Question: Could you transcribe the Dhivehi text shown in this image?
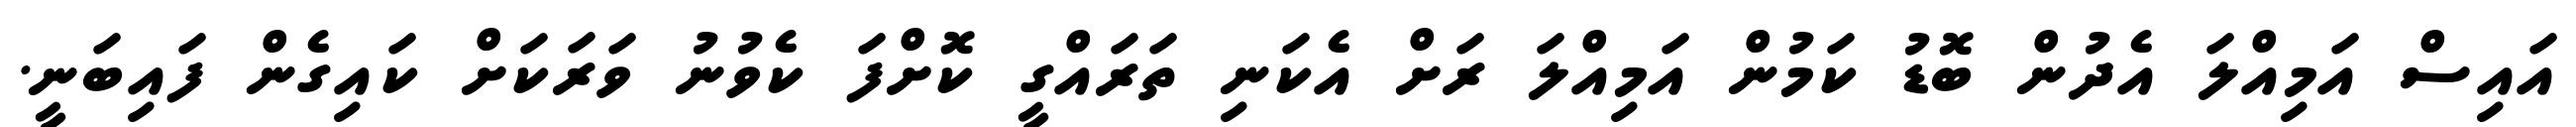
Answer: އައިސް އަމިއްލަ އެދުން ބޮޑު ކަމުން އަމިއްލަ ރަށް އެކަނި ތަރައްގީ ކޮށްފަ ކެވުނު ވަރަކަށް ކައިގެން ފައިބަނީ.